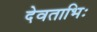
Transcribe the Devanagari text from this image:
देवताभिः